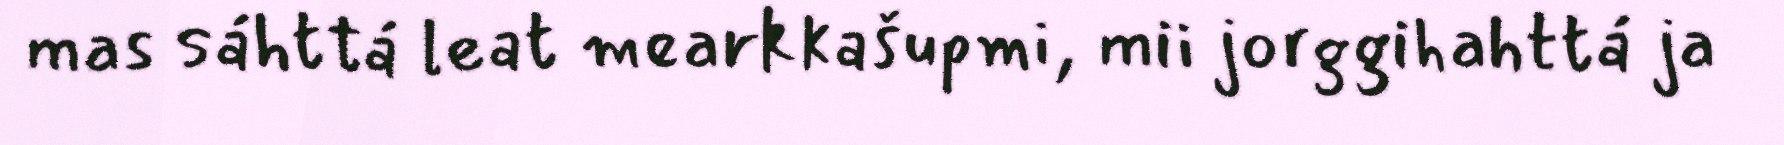
mas sáhttá leat mearkkašupmi, mii jorggihahttá ja